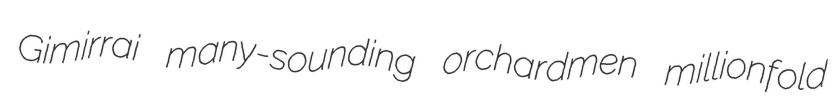
Gimirrai many-sounding orchardmen millionfold